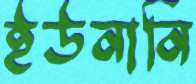
ইউনানি